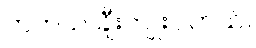
တကယ် ချီးကျူးပါတယ်။